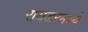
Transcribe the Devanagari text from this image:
रायडरमध्ये